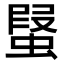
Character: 𧎂